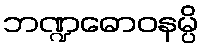
ဘဏ္ဍဓောဝနမ္ပိ